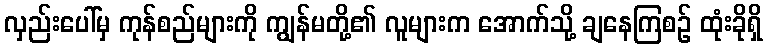
လှည်းပေါ်မှ ကုန်စည်များကို ကျွန်မတို့၏ လူများက အောက်သို့ ချနေကြစဉ် ထုံးခိုရှိ